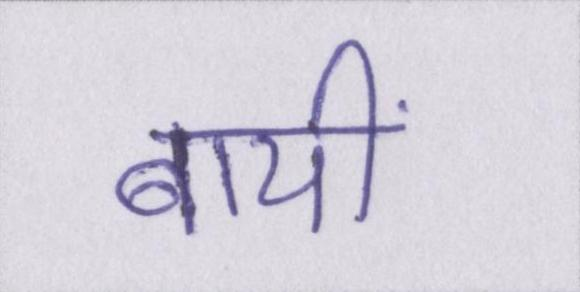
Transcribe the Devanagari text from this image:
बायीं